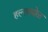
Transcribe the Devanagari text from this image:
हल्लाबोळ